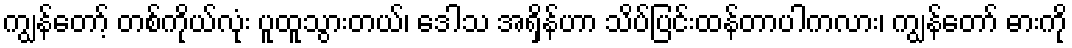
ကျွန်တော့် တစ်ကိုယ်လုံး ပူထူသွားတယ်၊ ဒေါသ အရှိန်ဟာ သိပ်ပြင်းထန်တာပါကလား၊ ကျွန်တော် ဓားကို